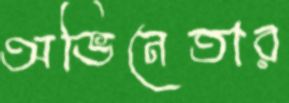
অভিনেতার